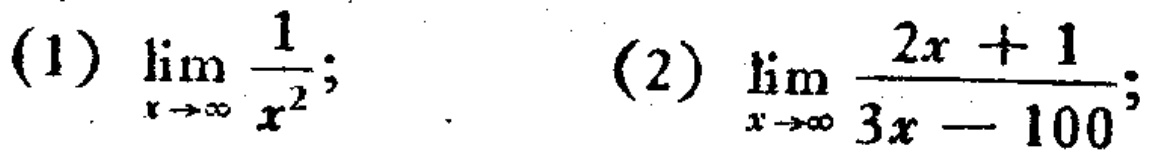
(1) \(\lim_{x \to \infty} \frac{1}{x^{2}}\); (2) \(\lim_{x \to \infty} \frac{2x + 1}{3x - 100}\);